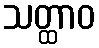
သတ္ထာဝ